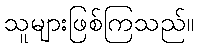
သူများဖြစ်ကြသည်။